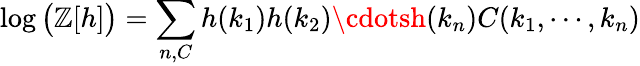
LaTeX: \log{\big(}\mathbb{Z}[h]{\big)}=\sum_{n,C}h(k_{1})h(k_{2})\cdotsh(k_{n})C(k_{1},\cdots,k_{n})